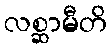
လစ္ဆာမီတိ